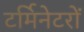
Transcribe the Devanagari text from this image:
टर्मिनेटरों